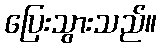
ပြေးသွားသည်။